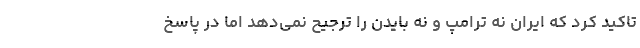
تاکید کرد که ایران نه ترامپ و نه بایدن را ترجیح نمی‌دهد اما در پاسخ